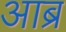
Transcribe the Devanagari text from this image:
आब्र